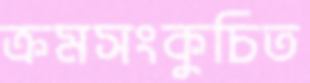
ক্রমসংকুচিত